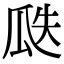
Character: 瓞